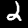
Digit: 2